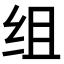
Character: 组